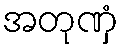
အတုဏှံ